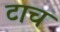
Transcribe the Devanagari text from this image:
टाच